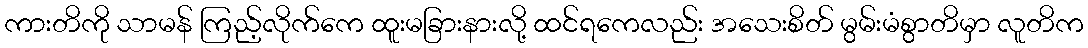
ကားတိကို သာမန် ကြည့်လိုက်ကေ ထူးမခြားနားလို့ ထင်ရကေလည်း အသေးစိတ် မွမ်းမံစွာတိမှာ လူတိက